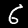
Digit: 6